Sketch of the medical history of the native army of Bombay, for the year
Year: 1870
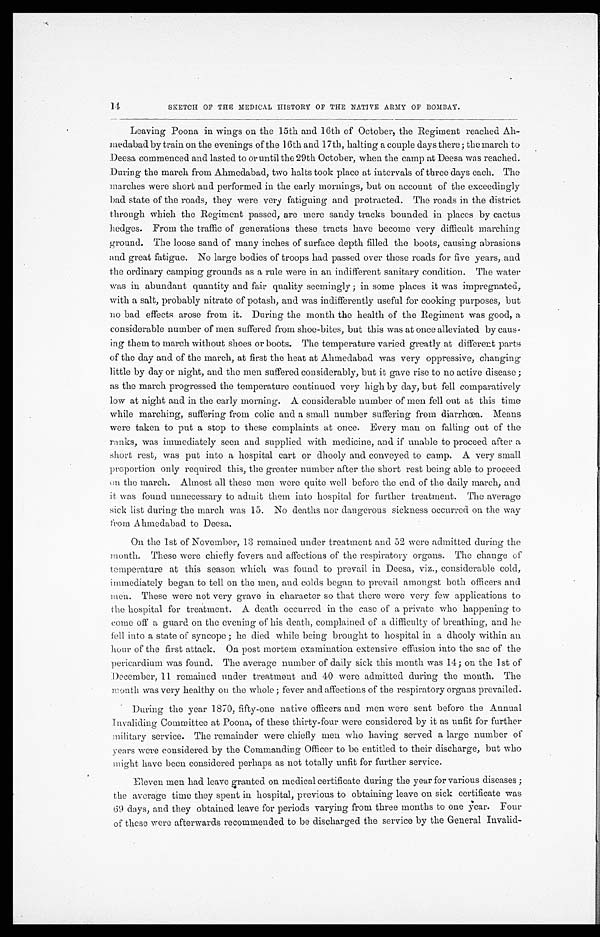
14
SKETCH OF THE MEDICAL HISTORY OF THE NATIVE ARMY OF BOMBAY.
Leaving Poona in wings on the 15th and 16th of October, the Regiment reached Ah
-medabad by train on the evenings of the 16th and 17th, halting a couple days there; the march to
Deesa commenced and lasted to or until the 29th October, when the camp at Deesa was reached.
During the march from Ahmedabad, two halts took place at intervals of three days each. The
marches were short and performed in the early mornings, but on account of the exceedingly
bad state of the roads, they were very fatiguing and protracted. The roads in the district
through which the Regiment passed, are mere sandy tracks bounded in places by cactus
hedges. From the traffic of generations these tracts have become very difficult marching
ground. The loose sand of many inches of surface depth filled the boots, causing abrasions
and great fatigue. No large bodies of troops had passed over these roads for five years, and
the ordinary camping grounds as a rule were in an indifferent sanitary condition. The water
was in abundant quantity and fair quality seemingly; in some places it was impregnated,
with a salt, probably nitrate of potash, and was indifferently useful for cooking purposes, but
no bad effects arose from it. During the month the health of the Regiment was good, a
considerable number of men suffered from shoe-bites, but this was at once alleviated by caus
-ing them to march without shoes or boots. The temperature varied greatly at different parts
of the day and of the march, at first the heat at Ahmedabad was very oppressive, changing
little by day or night, and the men suffered considerably, but it gave rise to no active disease;
as the march progressed the temperature continued very high by day, but fell comparatively
low at night and in the early morning. A considerable number of men fell out at this time
while marching, suffering from colic and a small number suffering from diarrhœa. Means
were taken to put a stop to these complaints at once. Every man on falling out of the
ranks, was immediately seen and supplied with medicine, and if unable to proceed after a
short rest, was put into a hospital cart or dhooly and conveyed to camp. A very small
proportion only required this, the greater number after the short rest being able to proceed
on the march. Almost all these men were quite well before the end of the daily march, and
it was found unnecessary to admit them into hospital for further treatment. The average
sick list during the march was 15. No deaths nor dangerous sickness occurred on the way
from Ahmedabad to Deesa.
On the 1st of November, 13 remained under treatment and 52 were admitted during the
month. These were chiefly fevers and affections of the respiratory organs. The change of
temperature at this season which was found to prevail in Deesa, viz., considerable cold,
immediately began to tell on the men, and colds began to prevail amongst both officers and
men. These were not very grave in character so that there were very few applications to
the hospital for treatment. A death occurred in the case of a private who happening to
come off a guard on the evening of his death, complained of a difficulty of breathing, and he
fell into a state of syncope; he died while being brought to hospital in a dhooly within an
hour of the first attack. On post mortem examination extensive effusion into the sac of the
pericardium was found. The average number of daily sick this mouth was 14; on the 1st of
December, 11 remained under treatment and 40 were admitted during the month. The
month was very healthy on the whole; fever and affections of the respiratory organs prevailed.
During the year 1870, fifty-one native officers and men were sent before the Annual
Invaliding Committee at Poona, of these thirty-four were considered by it as unfit for further
military service. The remainder were chiefly men who having served a large number of
years were considered by the Commanding Officer to be entitled to their discharge, but who
might have been considered perhaps as not totally unfit for further service.
El even men had l eave grant ed on medi cal cert i fi cat e duri ng t he year for vari ous di seases;
the average time they spent in hospital, previous to obtaining leave on sick certificate was
69 days, and they obtained leave for periods varying from three months to one year. Four
of these were afterwards recommended to be discharged the service by the General Invalid-